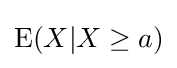
\operatorname {E} (X|X\geq a)